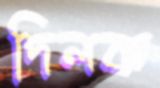
দিলক